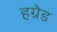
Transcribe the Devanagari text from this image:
हग्रेड